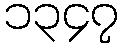
၁၃၄၇